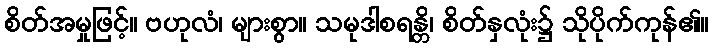
စိတ်အမှုဖြင့်။ ဗဟုလံ၊ များစွာ။ သမုဒါစရန္တိ၊ စိတ်နှလုံး၌ သိုပိုက်ကုန်၏။